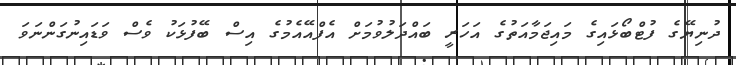
ދުނިޔޭގެ ފުޓްބޯޅައިގެ މައިޖަމާއަތުގެ އަހަރީ ބައްދަލުވުމަށް އެފްއޭއެމުގެ އިސް ބޭފުޅަކު ވެސް ވަޑައިނުގަންނަވަ